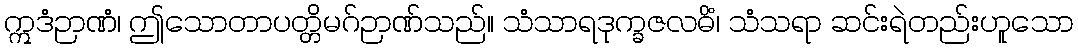
ဣဒံဉာဏံ၊ ဤသောတာပတ္တိမဂ်ဉာဏ်သည်။ သံသာရဒုက္ခဇလဓိံ၊ သံသရာ ဆင်းရဲတည်းဟူသော